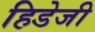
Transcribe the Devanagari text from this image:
हिडेजी